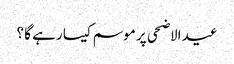
عید الاضحی پر موسم کیسا رہے گا ؟